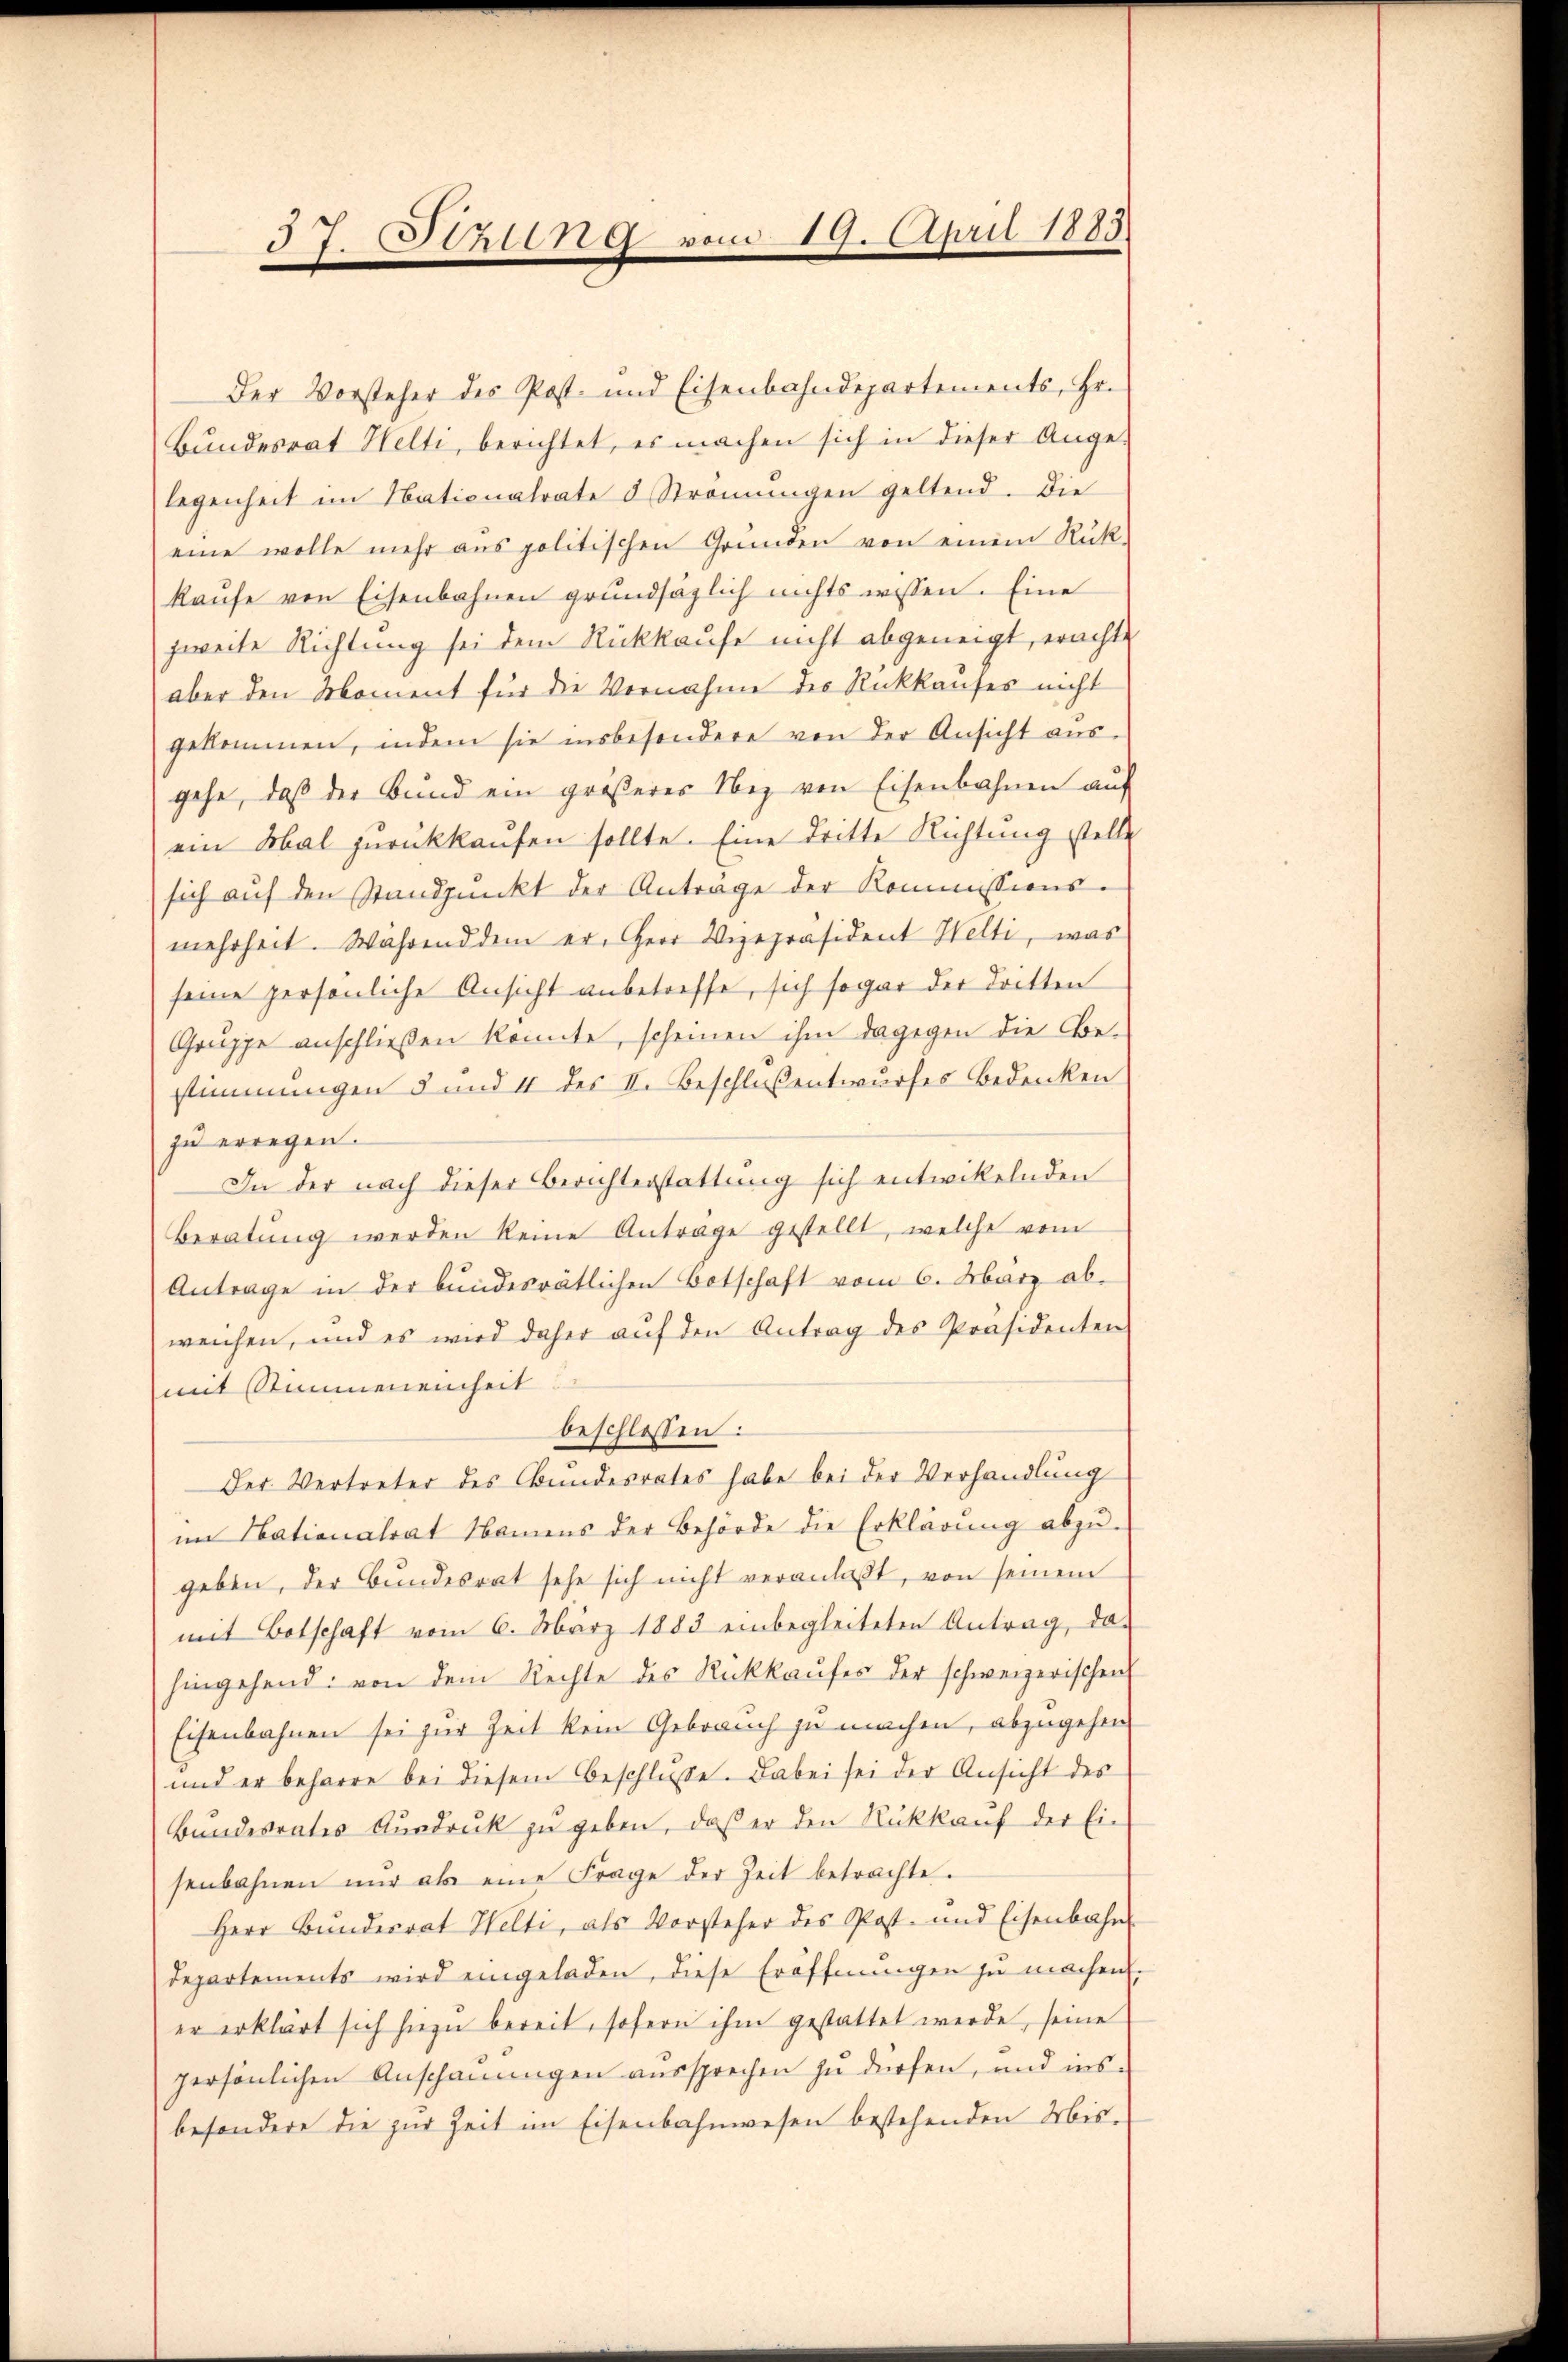
37. Stzung vom 19. April 1883.

Der Vorsteher des Post- und Eisenbahndepartements, Hr.
Bundesrat Welti, berichtet, es machen sich in dieser Ange-
legenheit im Nationalrate d Strömungen geltend. Die
eine wolle mehr ans politischen Gründen von einem Rück-
kaŭfe von Eisenbahnen grundsäglich nichts wissen. Eine
zweite Richtung sei dem Rückkaufe nicht abgeneigt, erachte
aber den Moment für die Vernahme des Rückkaufes nicht
gekommen, indem sie insbesondere von der Ansicht aus-
gehe, daß der Bund ein größerer Nez von Eisenbahnen auf
ein Mal zurückkaufen sollte. Eine dritte Richtung stelle
sich aŭf den Standpunkt der Anträge der Kommissions-
mehrheit. Während dem er, Herr Vizepräsident Welti, was
seine persönliche Ansicht anbetreffe, sich sogar der dritten
Gruppe anschließen konnte, scheinen ihm dagegen die Obestimmungen 5 und 4 des II. Beschloßentwurfes Bedenken
zu erregen.
In der nach dieser Berichterstattung sich entwikelnden
Beratŭng werden keine Antrage gestellt, welche vom
Antrage in der bundesrätlichen Botschaft vom 6. März ab.
weichen, und es wird daher aŭf den Antrag des Präsidenten
mit Stimmeneinheit.
beschlossen:
Der Vertreter des Bundesrates habe bei der Verhandlung
im Nationalrat Namens der Behörde die Erklärung abzŭ-
geben, der Bundesrat sehe sich nicht veranlaßt, von seinem
mit Botschaft vom 6. März 1883 einbegleiteten Antrag, das
hingehend: von dem Rechte des Rückkaufes der schweizerischen
Eisenbahnen sei zur Zeit kein Gebrauch zu machen, abzugehen
und er beharre bei diesem Beschlusse. Dabei sei der Ansicht des
Bundesrates Ausdruck zu geben, daß er den Rückkauf der Ein
senbahnen nŭr als eine Frage der Zeit betrachte.
Herr Bundesrat Helti, als Vorsteher des Post- und Eisenbahn
departements wird eingeladen, diese Eröffnungen zu machen.
er erklärt sich hiezu bereit, sofern ihm gestattet werde, seine
persönlichen Anschauungen aussprechen zu dürfen, und insbesondere die zur Zeit im Eisenbahnwesen bestehenden Mis¬